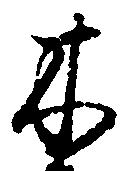
木